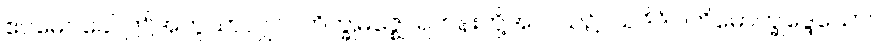
ဧဝမေဝခေါ၊ ဤအတူသာလျှင်။ ဘိက္ခုမဇ္ဈေ၊ ရဟန်းတို့အလယ်၌။ ယဒိဒံပါတိမောက္ခုဒ္ဒေသော၊